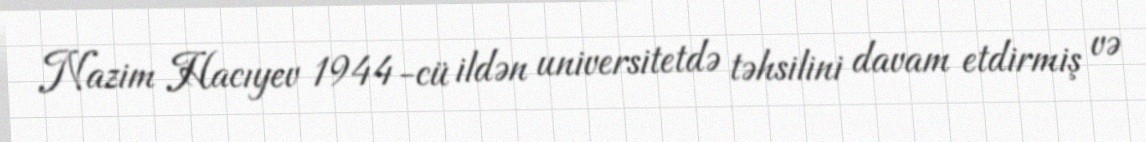
Nazim Hacıyev 1944-cü ildən universitetdə təhsilini davam etdirmiş və